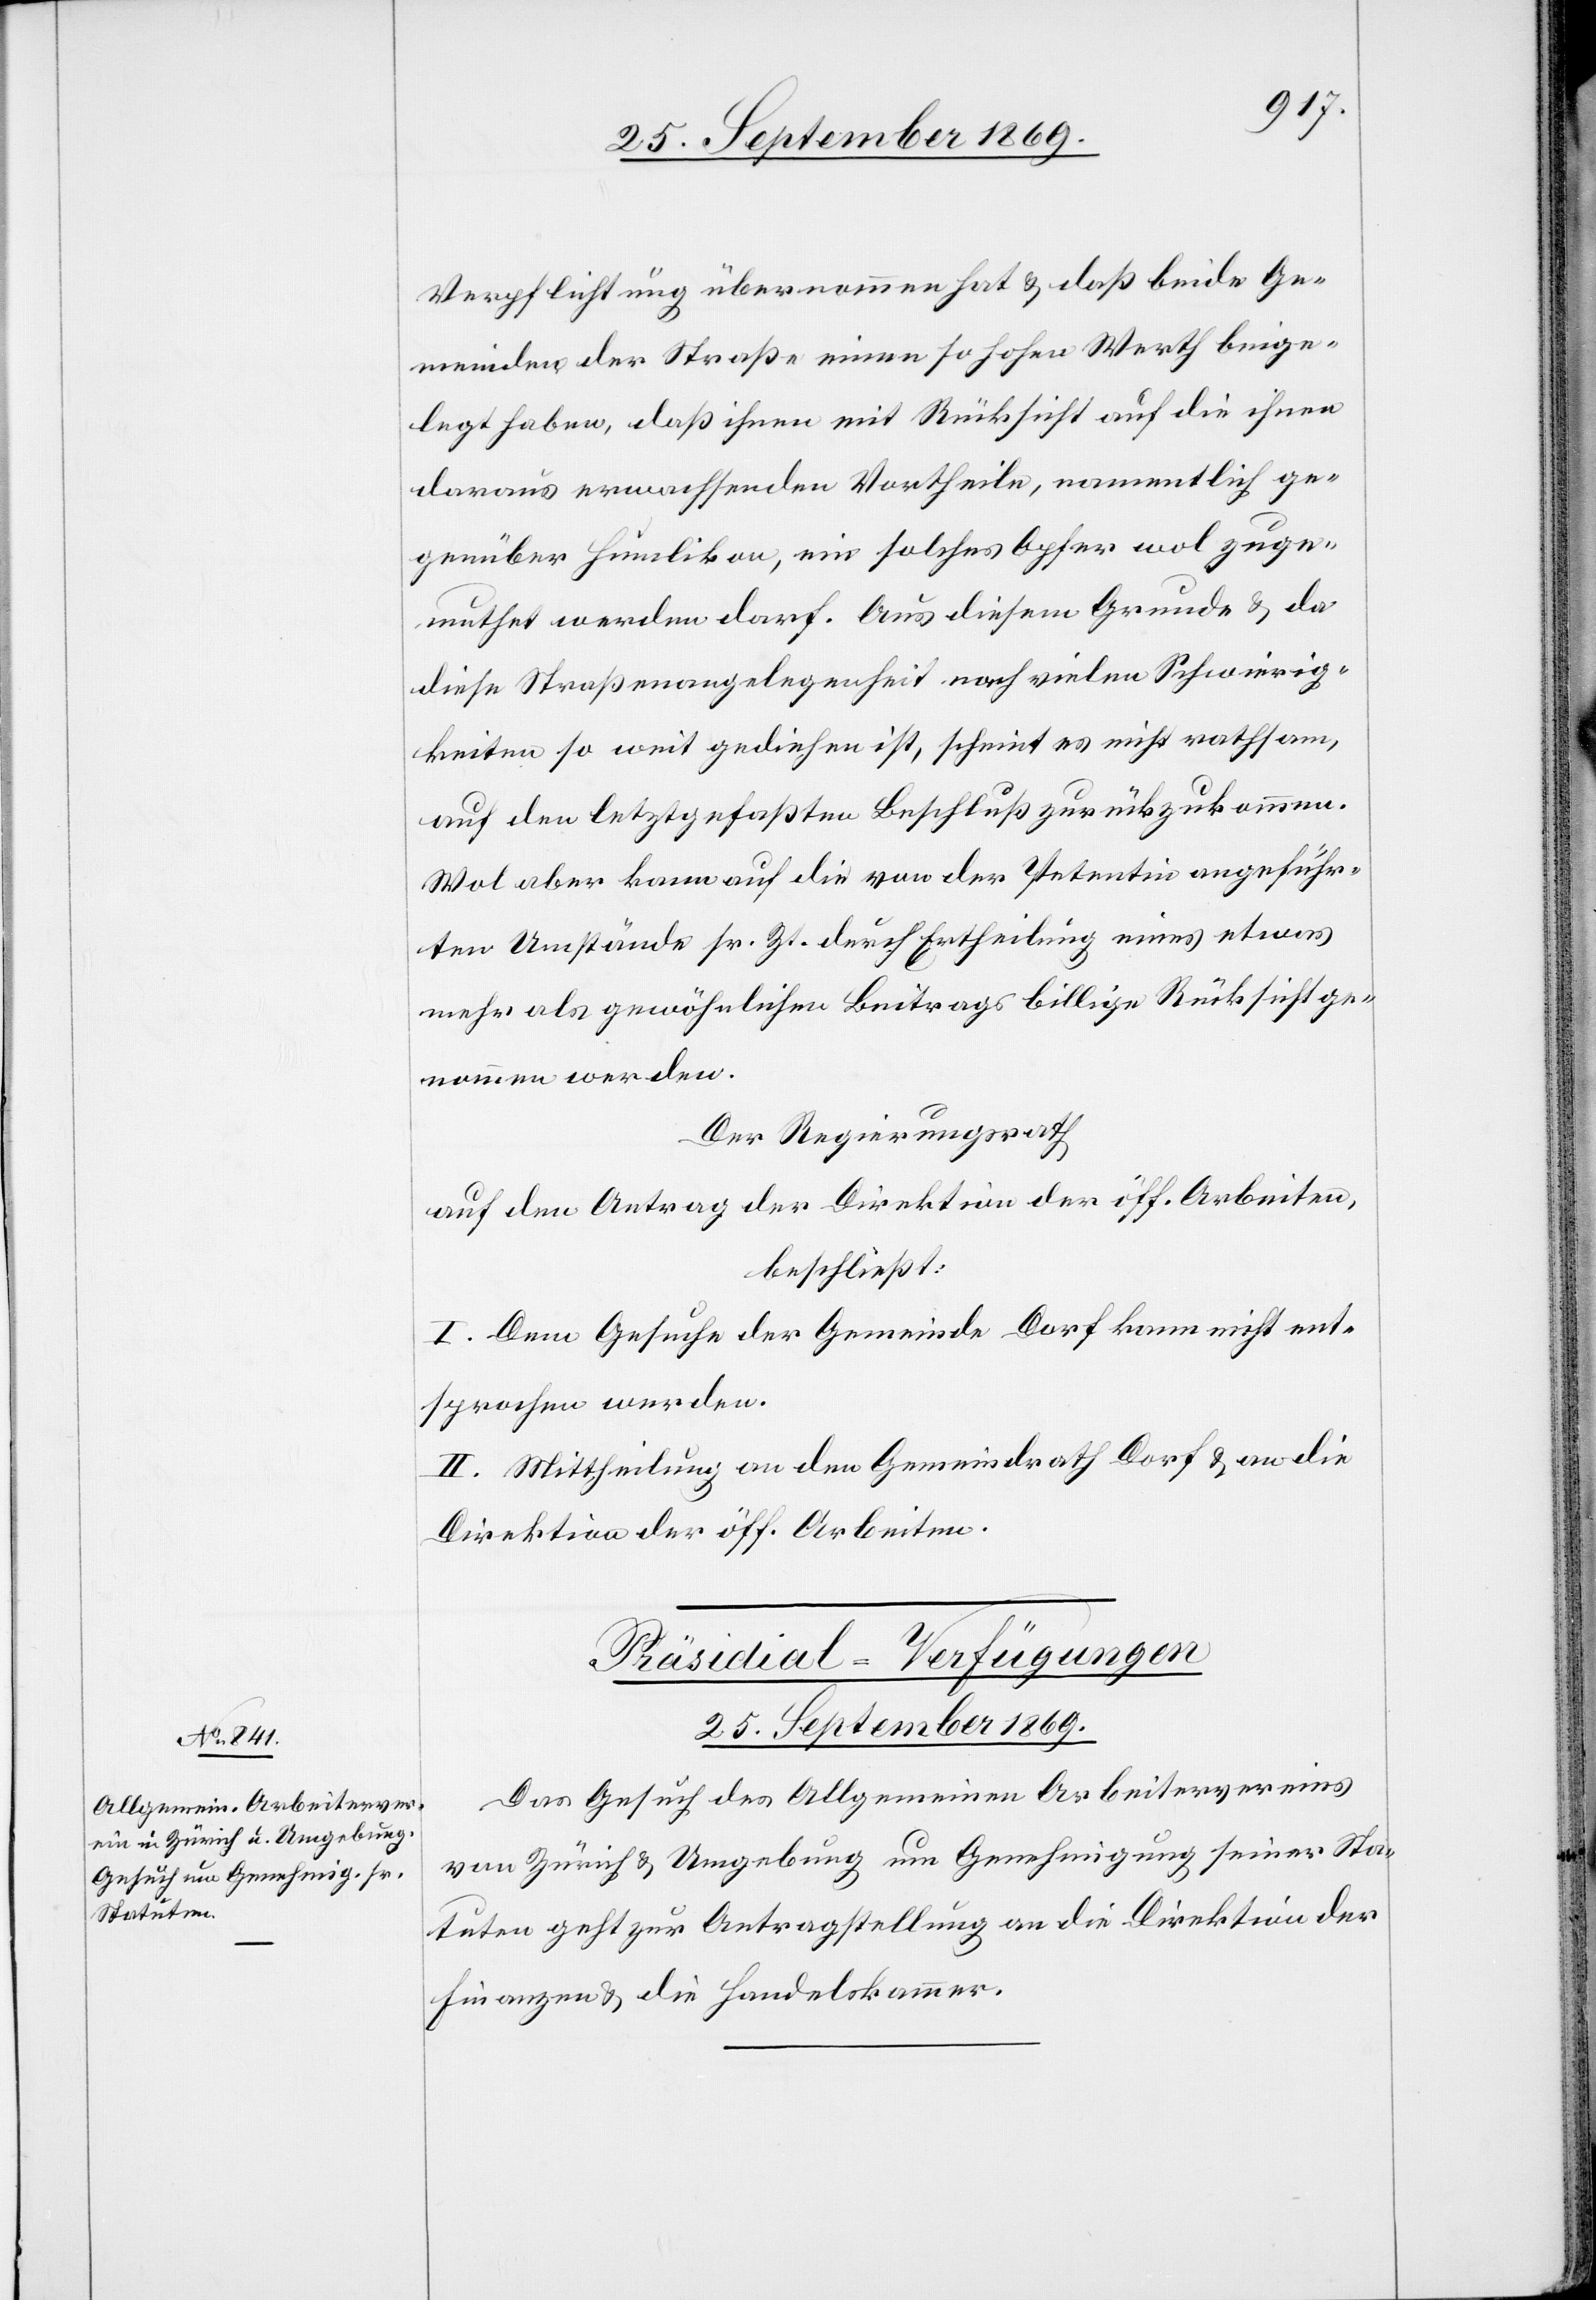
Verpflichtung übernommen hat & daß beide Ge¬
meinden der Straße einen so hohen Werth beige¬
legt haben, daß ihnen mit Rücksicht auf die ihnen
daraus erwachsenden Vortheile, namentlich ge¬
genüber Humlikon, ein solches Opfer wol zuge¬
muthet werden darf. Aus diesem Grunde & da
diese Straßenangelegenheit nach vielen Schwierig¬
keiten so weit gediehen ist, scheint es nicht rathsam,
auf den letztgefaßten Beschluß zurückzukommen.
Wol aber kann auf die von der Petentin angeführ¬
ten Umstände sr. Zt. durch Ertheilung eines etwas
mehr als gewöhnlichen Beitrags billige Rücksicht ge¬
nommen werden.
Der Regierungsrath
auf den Antrag der Direktion der öff. Arbeiten,
beschließt:
I. Dem Gesuche der Gemeinde Dorf kann nicht ent¬
sprochen werden.
II. Mittheilung an den Gemeindrath Dorf & an die
Direktion der öff. Arbeiten.
Präsidial-Verfügungen
25. September 1869.
Das Gesuch des Allgemeinen Arbeitervereins
von Zürich & Umgebung um Genehmigung seiner Sta¬
tuten geht zur Antragstellung an die Direktion der
Finanzen & die Handelskammer.